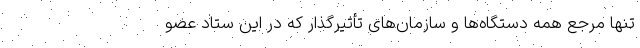
تنها مرجع همه دستگاه‌ها و سازمان‌های تأثیرگذار که در این ستاد عضو